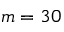
m = 3 0